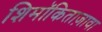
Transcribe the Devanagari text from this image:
शिमॉकिताज़ावा